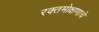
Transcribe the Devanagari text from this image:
रक्तमोक्षणाचे